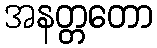
အနတ္တတော